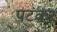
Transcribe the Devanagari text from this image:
पटंकर